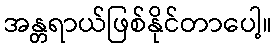
အန္တရာယ်ဖြစ်နိုင်တာပေါ့။